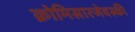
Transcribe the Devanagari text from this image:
क्रोमिसारजेवस्की